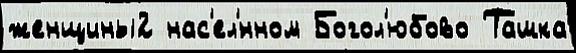
женщины2 нас'ел'́нном Богол'юбово Ташка